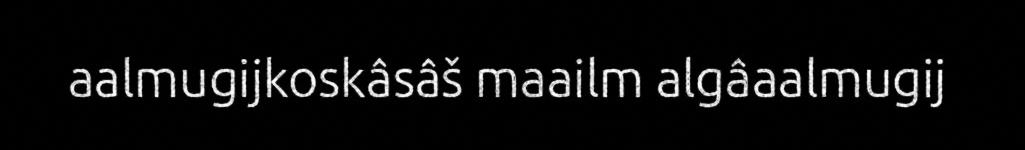
aalmugijkoskâsâš maailm algâaalmugij